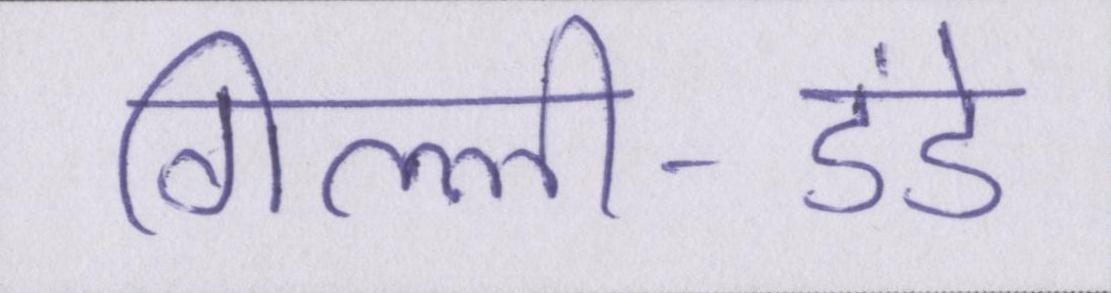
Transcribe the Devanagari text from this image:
गिल्ली-डंडे